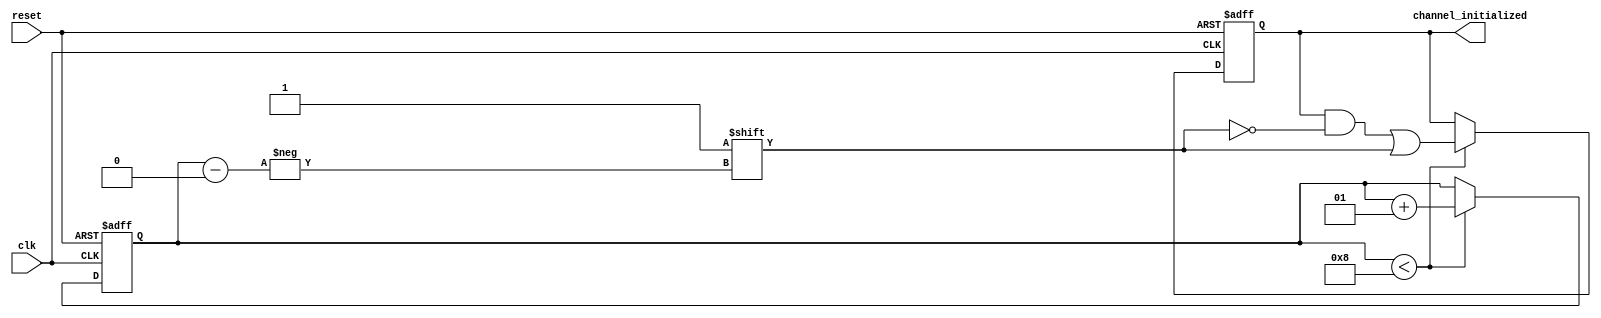
module multi_channel_init #(
    parameter CHANNEL_COUNT = 8  // Parameter to specify the number of channels
)(
    input wire reset,               // Active high reset signal
    input wire clk,                 // Clock signal
    output reg [CHANNEL_COUNT-1:0] channel_initialized // Status for each channel
);

    reg [CHANNEL_COUNT-1:0] initialized; // Internal flags for initialization status
    integer count;                       // Counter to track initialized channels

    always @(posedge clk or posedge reset) begin
        if (reset) begin
            // Reset all channels
            initialized <= {CHANNEL_COUNT{1'b0}}; // Set all to 0
            count <= 0;                        // Reset the count
            channel_initialized <= {CHANNEL_COUNT{1'b0}}; // Update output
        end else begin
            if (count < CHANNEL_COUNT) begin
                // Initialize next channel
                initialized[count] <= 1'b1; // Set current channel to initialized
                channel_initialized[count] <= 1'b1; // Update output for the current channel
                count <= count + 1;         // Increment the count
            end
            // If all channels are initialized, maintain the current status
        end
    end

endmodule